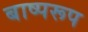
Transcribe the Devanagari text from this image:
बाष्परूप